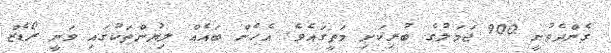
ގެންދެވުނީ 900 ޖަމަލުގެ ބުރިކަށި މަތީގައެވެ. އެހެން ބައެއް ލިޔުންތަކުގައި ވަނީ ރޯޑެޒް